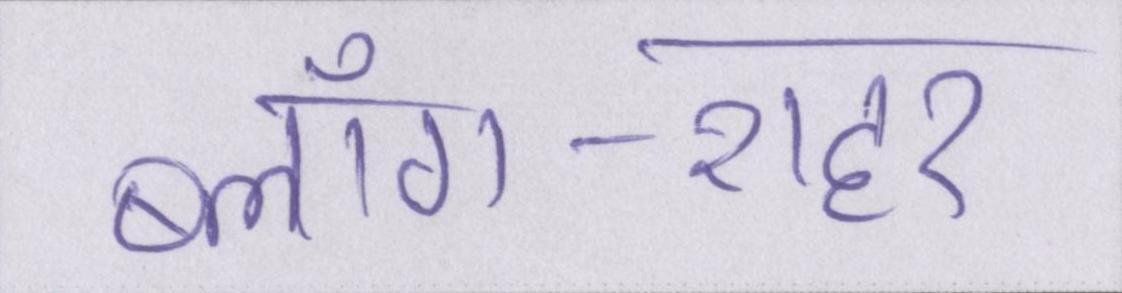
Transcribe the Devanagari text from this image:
ब्लॉग-शहर